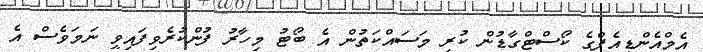
އެމްއެންޑީއެފްގެ ކޯސްޓްގާޑުން ކުރި މަސައްކަތުން އެ ބޯޓު މިހާރު ފުންކުރެވިފައިވީ ނަމަވެސް އެ